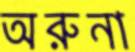
অরুনা